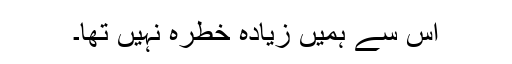
اس سے ہمیں زیادہ خطرہ نہیں تھا۔